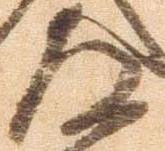
道